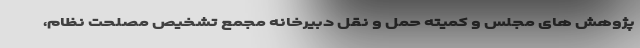
پژوهش های مجلس و کمیته حمل و نقل دبیرخانه مجمع تشخیص مصلحت نظام،